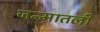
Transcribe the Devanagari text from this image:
जन्मातली